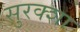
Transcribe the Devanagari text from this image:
सुरक्शा